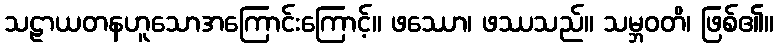
သဠာယတနဟူသောအကြောင်းကြောင့်။ ဖဿော၊ ဖဿသည်။ သမ္ဘဝတိ၊ ဖြစ်၏။